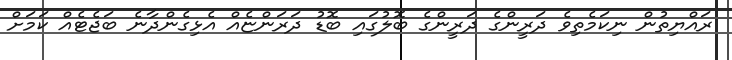
ރައްޔިތުން ނިކަމެތިވެ ދަރީންގެ ދަރީންގެ ބޮލުގައި ބޮޑު ދަރަންޏެއް އެޅިގެންދާނެ ބަޖެޓެއް ކަމަށް